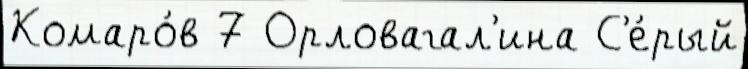
Комаро́в 7 Орловагал'ина С'е́рый